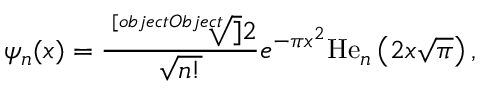
\psi _ { n } ( x ) = { \frac { \sqrt [ [object Object] ] { 2 } } { \sqrt { n ! } } } e ^ { - \pi x ^ { 2 } } \mathrm { H e } _ { n } \left( 2 x { \sqrt { \pi } } \right) ,